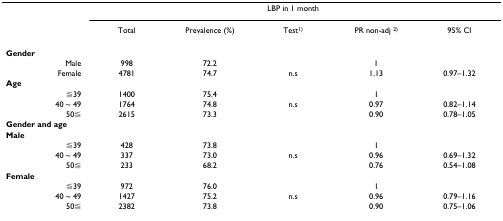
<table><thead><tr><td></td><td colspan="5"><b>LBP in 1 month</b></td></tr><tr><td></td><td><b>Total</b></td><td><b>Prevalence (%)</b></td><td><b>Test<sup>1)</sup></b></td><td><b>PR non-adj <sup>2)</sup></b></td><td><b>95% CI</b></td></tr></thead><tbody><tr><td><b>Gender</b></td><td></td><td></td><td></td><td></td><td></td></tr><tr><td>Male</td><td>998</td><td>72.2</td><td></td><td>1</td><td></td></tr><tr><td>Female</td><td>4781</td><td>74.7</td><td>n.s</td><td>1.13</td><td>0.97–1.32</td></tr><tr><td><b>Age</b></td><td></td><td></td><td></td><td></td><td></td></tr><tr><td>≦39</td><td>1400</td><td>75.4</td><td></td><td>1</td><td></td></tr><tr><td>40 ~ 49</td><td>1764</td><td>74.8</td><td>n.s</td><td>0.97</td><td>0.82–1.14</td></tr><tr><td>50≦</td><td>2615</td><td>73.3</td><td></td><td>0.90</td><td>0.78–1.05</td></tr><tr><td><b>Gender and age</b></td><td></td><td></td><td></td><td></td><td></td></tr><tr><td><b>Male</b></td><td></td><td></td><td></td><td></td><td></td></tr><tr><td>≦39</td><td>428</td><td>73.8</td><td></td><td>1</td><td></td></tr><tr><td>40 ~ 49</td><td>337</td><td>73.0</td><td>n.s</td><td>0.96</td><td>0.69–1.32</td></tr><tr><td>50≦</td><td>233</td><td>68.2</td><td></td><td>0.76</td><td>0.54–1.08</td></tr><tr><td><b>Female</b></td><td></td><td></td><td></td><td></td><td></td></tr><tr><td>≦39</td><td>972</td><td>76.0</td><td></td><td>1</td><td></td></tr><tr><td>40 ~ 49</td><td>1427</td><td>75.2</td><td>n.s</td><td>0.96</td><td>0.79–1.16</td></tr><tr><td>50≦</td><td>2382</td><td>73.8</td><td></td><td>0.90</td><td>0.75–1.06</td></tr></tbody></table>